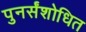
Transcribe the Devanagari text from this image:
पुनर्संशोधित